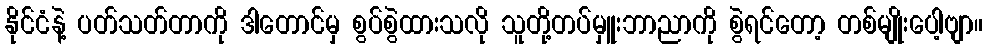
နိုင်ငံနဲ့ ပတ်သတ်တာကို ဒါတောင်မှ စွပ်စွဲထားသလို သူတို့တပ်မှူးဘာညာကို စွဲရင်တော့ တစ်မျိုးပေါ့ဗျာ။